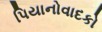
પિયાનોવાદકો